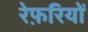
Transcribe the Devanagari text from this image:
रेफ़रियों